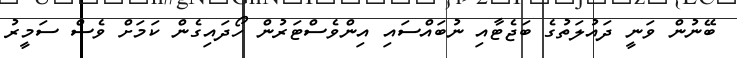
ބޭނުން ވަނީ ދައުލަތުގެ ބަޖެޓާއި ނުބައްސައި އިންވެސްޓަރުން ހޯދައިގެން ކަމަށް ވެސް ސަމީރު